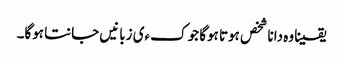
یقینا وہ دانا شخص ہوتا ہوگا جو کءی زبانیں جانتا ہوگا۔